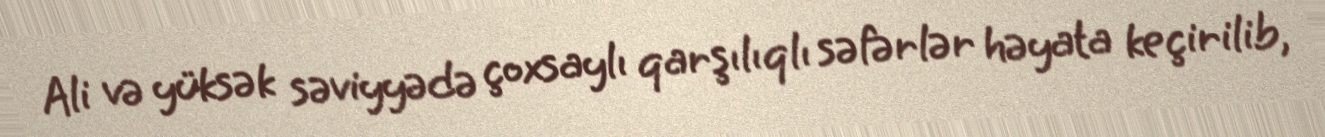
Ali və yüksək səviyyədə çoxsaylı qarşılıqlı səfərlər həyata keçirilib,